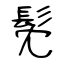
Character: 髧